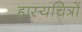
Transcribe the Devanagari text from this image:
हास्यचित्रों